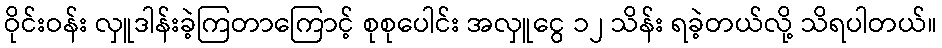
ဝိုင်းဝန်း လှူဒါန်းခဲ့ကြတာကြောင့် စုစုပေါင်း အလှူငွေ ၁၂ သိန်း ရခဲ့တယ်လို့ သိရပါတယ်။